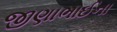
જીણાભાઈના